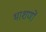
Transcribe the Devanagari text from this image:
भाशणों